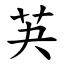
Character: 芵